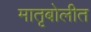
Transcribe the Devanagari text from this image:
मातृबोलीत